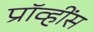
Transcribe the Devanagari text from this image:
प्रॉव्हींस